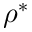
\rho ^ { * }